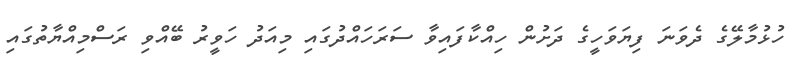
ހުޅުމާލޭގެ ދެވަނަ ފިޔަވަހީގެ ދަށުން ހިއްކާފައިވާ ސަރަހައްދުގައި މިއަދު ހަވީރު ބޭއްވި ރަސްމިއްޔާތުގައި